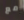
مع